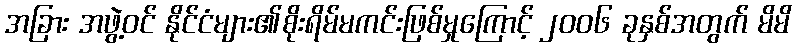
အခြား အဖွဲ့ဝင် နိုင်ငံများ၏စိုးရိမ်မကင်းဖြစ်မှုကြောင့် ၂၀၀၆ ခုနှစ်အတွက် မိမိ